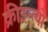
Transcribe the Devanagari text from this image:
क्रीडन्त्यो